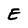
Character: E